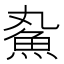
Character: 𬵄